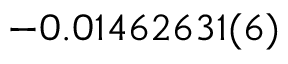
- 0 . 0 1 4 6 2 6 3 1 ( 6 )